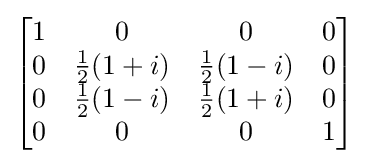
{\begin{bmatrix}1&0&0&0\\0&{\frac {1}{2}}(1+i)&{\frac {1}{2}}(1-i)&0\\0&{\frac {1}{2}}(1-i)&{\frac {1}{2}}(1+i)&0\\0&0&0&1\\\end{bmatrix}}